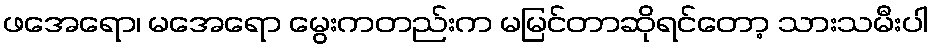
ဖအေရော၊ မအေရော မွေးကတည်းက မမြင်တာဆိုရင်တော့ သားသမီးပါ